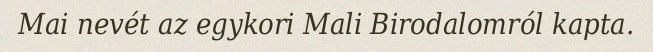
Mai nevét az egykori Mali Birodalomról kapta.